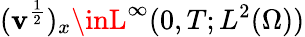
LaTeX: (\mathbf{v}^{\frac{{1}}{{2}}})_{x}\inL^{\infty}(0,T;L^{2}(\Omega))